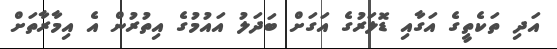
އަދި ތަކެތީގެ އަގާއި ޑޮލަރުގެ އަގަށް ބަދަލު އައުމުގެ އިތުރުން އެ އިމާރާތަށް